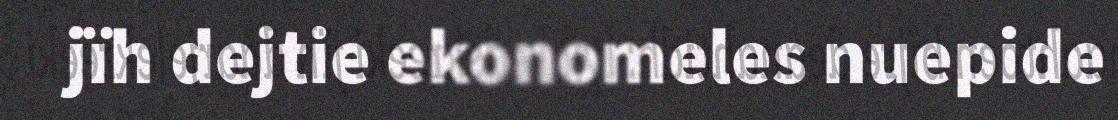
jïh dejtie ekonomeles nuepide